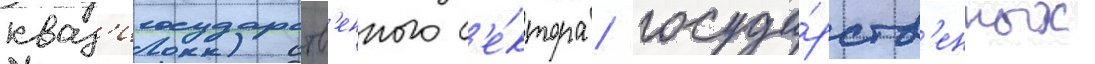
кваз'игосударств'енного с'е́ктора / госуда́рств'енных